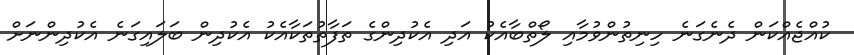
ކުއްޖެއްކަން ދެނެގަނެ ހިނިތުންވުމާއި ލޯތްބާއެކު އަދި އެކުދިންގެ ތަފާތުތަކާއެކު އެކުދިން ބަލައިގަނެ އެކުދިންނަށް